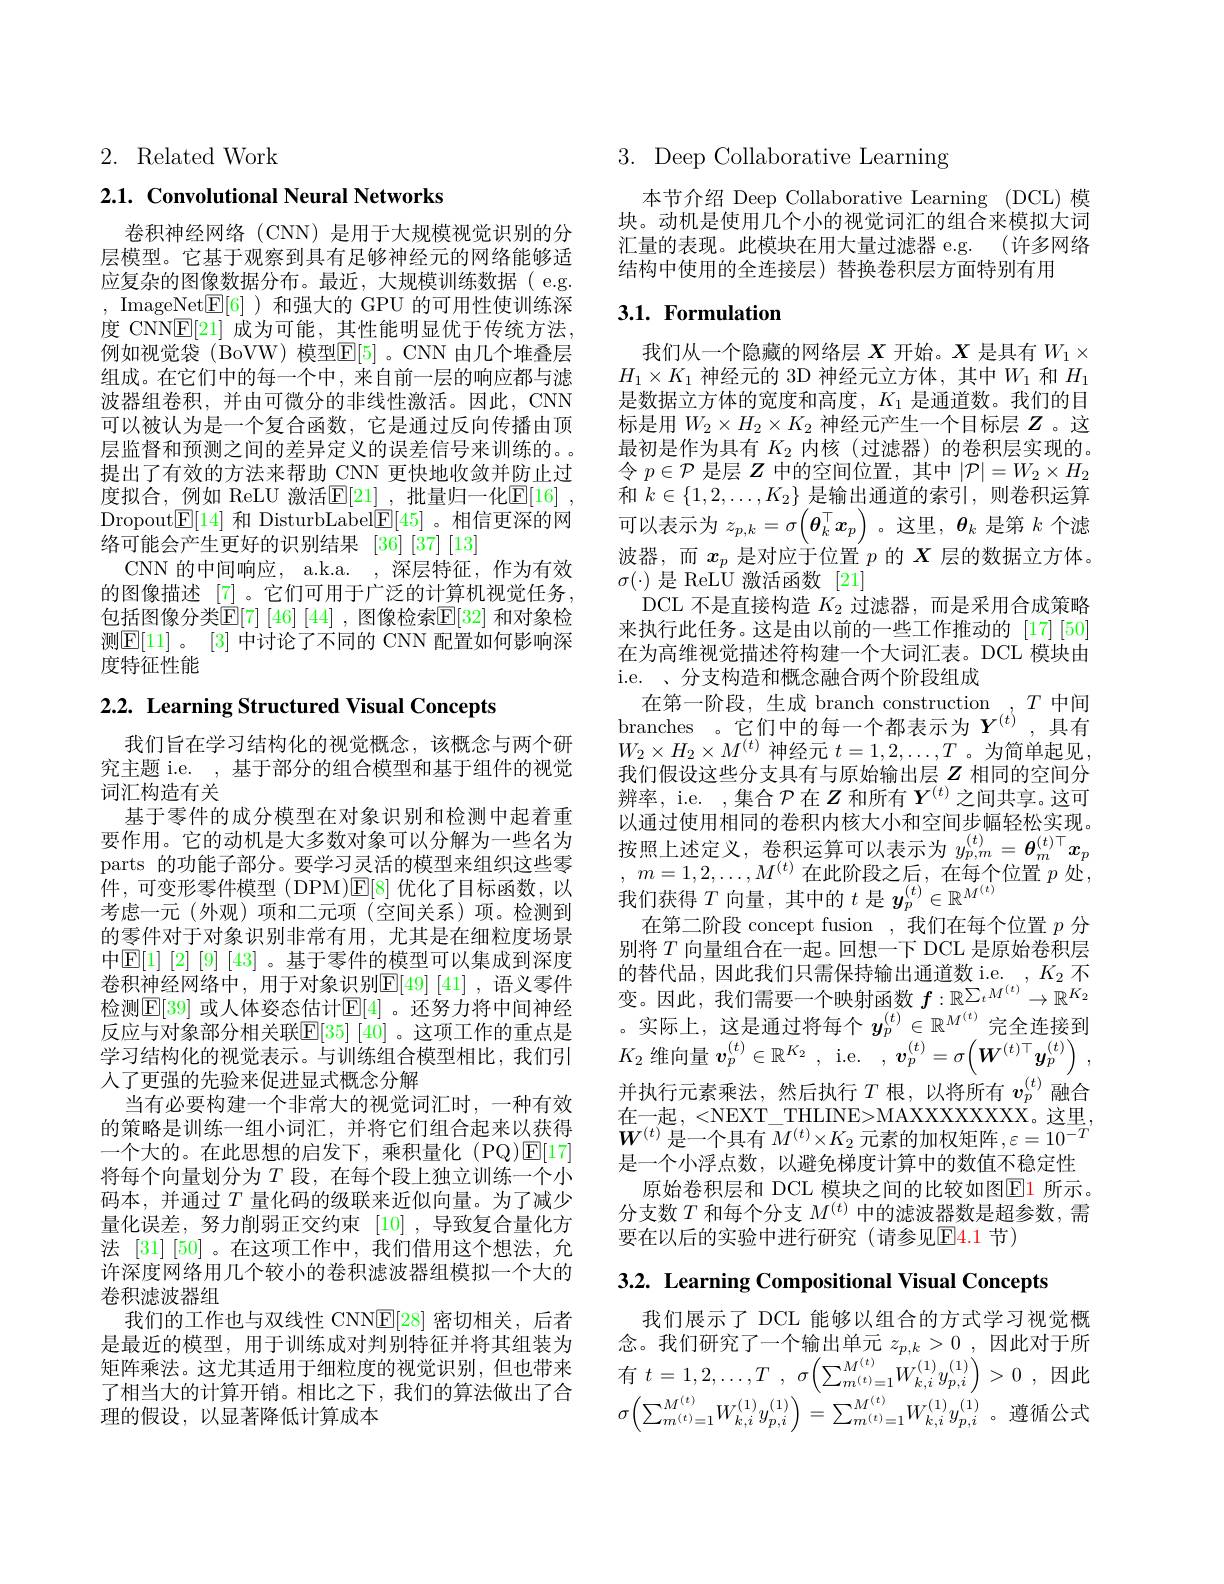
2. Related Work

## $2. 1. \textbf{ Convolutional Neural Networks}$

卷积神经网络(CNN) 是用于大规模视觉识别的分层模型。它基于观察到具有足够神经元的网络能够适应复杂的图像数据分布。最近，大规模训练数据(e.g. , ImageNet$\underline{\mathrm{E}}[6]$ )和强大的 GPU 的可用性使训练深度 CNN$\underline{\mathrm{E}}[21]$成为可能，其性能明显优于传统方法， 例如视觉袋 (BoVW) 模型$\mathbb{E}[5]$ 。CNN 由几个堆叠层组成。在它们中的每一个中，来自前一层的响应都与滤波器组卷积，并由可微分的非线性激活。因此，CNN 可以被认为是一个复合函数，它是通过反向传播由顶层监督和预测之间的差异定义的误差信号来训练的。。提出了有效的方法来帮助 CNN 更快地收敛并防止过度拟合，例如 ReLU 激活$\mathbb{E}[21]$ ,批量归一化$\mathbb{E}[16]$ , Dropout$\mathbb{E}[14]$和 DisturbLabel$\mathbb{E}[45]$ 。相信更深的网络可能会产生更好的识别结果[36][37][13]
CNN 的中间响应，a.k.a. ,深层特征，作为有效的图像描述 [7]。它们可用于广泛的计算机视觉任务， 包括图像分类$\mathbb{E}[7]\left[46\right]\left[44\right]$, 图像检索$\mathbb{E}[32]$ 和对象检测$\boxed{\mathrm{E}[11]}$。[3] 中讨论了不同的 CNN 配置如何影响深度特征性能

2.2. Learning Structured Visual Concepts

我们旨在学习结构化的视觉概念，该概念与两个研究主题 i.e. , 基于部分的组合模型和基于组件的视觉词汇构造有关
基于零件的成分模型在对象识别和检测中起着重要作用。它的动机是大多数对象可以分解为一些名为parts 的功能子部分。要学习灵活的模型来组织这些零件，可变形零件模型(DPM)$\mathbb{E}[8]$优化了目标函数，以考虑一元(外观)项和二元项(空间关系)项。检测到的零件对于对象识别非常有用，尤其是在细粒度场景中$\mathbb{E}[1]$ [2] [9] [43] 。基于零件的模型可以集成到深度卷积神经网络中，用于对象识别$\mathbb{E}[49]\left[41\right]$,语义零件检测$\mathbb{E}[39]$ 或人体姿态估计$\mathbb{E}[4]$ 。还努力将中间神经反应与对象部分相关联$\mathbb{E}[35]$ [40] 。这项工作的重点是学习结构化的视觉表示。与训练组合模型相比，我们引人了更强的先验来促进显式概念分解
当有必要构建一个非常大的视觉词汇时，一种有效的策略是训练一组小词汇，并将它们组合起来以获得一个大的。在此思想的启发下，乘积量化(PQ)$\mathbb{E}[17]$ 将每个向量划分为$T$ 段，在每个段上独立训练一个小码本，并通过$T$量化码的级联来近似向量。为了减少量化误差，努力削弱正交约束[10] ,导致复合量化方法 [31] [50]。在这项工作中，我们借用这个想法，允许深度网络用几个较小的卷积滤波器组模拟一个大的卷积滤波器组
我们的工作也与双线性 CNN$\mathbb{E}[28]$密切相关，后者是最近的模型，用于训练成对判别特征并将其组装为矩阵乘法。这尤其适用于细粒度的视觉识别，但也带来了相当大的计算开销。相比之下，我们的算法做出了合理的假设，以显著降低计算成本

# 3. Deep Collaborative Learning

本节介绍 Deep Collaborative Learning (DCL) 模块。动机是使用几个小的视觉词汇的组合来模拟大词汇量的表现。此模块在用大量过滤器 e.g. (许多网络结构中使用的全连接层) 替换卷积层方面特别有用

## $3. 1. \textbf{ Formulation}$

我们从一个隐藏的网络层$X$开始。$X$是具有$W_1\times$ $H_1\times K_1$神经元的 3D 神经元立方体，其中$W_1$和$H_1$ 是数据立方体的宽度和高度，$K_1$是通道数。我们的目标是用$W_2\times H_2\times K_2$神经元产生一个目标层$Z$ 。这最初是作为具有$K_{2}$内核 (过滤器)的卷积层实现的。令$p\in\mathcal{P}$是层$Z$中的空间位置，其中$|\mathcal{P}|=W_2\times H_2$ 和$k\in\{1,2,\ldots,K_2\}$是输出通道的索引，则卷积运算可以表示为$z_{p,k}=\sigma\left(\boldsymbol{\theta}_{k}^{\top}\boldsymbol{x}_{p}\right)$ 。这里，$\boldsymbol{\theta}_k$是第$k$个滤波器，而$x_p$是对应于位置$p$的$X$层的数据立方体。$\sigma(\cdot)$ 是 ReLU 激活函数[21]
DCL 不是直接构造$K_2$过滤器，而是采用合成策略来执行此任务。这是由以前的一些工作推动的 [17][50] 在为高维视觉描述符构建一个大词汇表。DCL 模块由i.e. 、分支构造和概念融合两个阶段组成
在第一阶段，生成 branch construction $T$中间branches 。它们中的每一个都表示为$Y^{(t)}$,具有$W_{2}\times H_{2}\times M^{(t)}$神经元$t=1,2,\ldots,T$ 。为简单起见， 我们假设这些分支具有与原始输出层$Z$相同的空间分辨率，i.e. ,集合$\mathcal{P}$在$Z$和所有$Y^{(t)}$之间共享。这可以通过使用相同的卷积内核大小和空间步幅轻松实现。按照上述定义，卷积运算可以表示为$y_{p,m}^{(t)}=\boldsymbol{\theta}_m^{(t)\top}x_p$ , $m= 1, 2, \ldots , M^{( t) }$在此阶段之后，在每个位置$p$处， 我们获得$T$向量，其中的$t$是$y_p^(t)\in\mathbb{R}^M^{(t)}$
在第二阶段 concept fusion ,我们在每个位置$p$分别将$T$向量组合在一起。回想一下 DCL 是原始卷积层的替代品，因此我们只需保持输出通道数 i.e. $K_{2}$不变。因此，我们需要一个映射函数$f:\mathbb{R}^{\sum_tM^{(t)}}\to\mathbb{R}^{K_2}$ 。实际上，这是通过将每个$y_p^{(t)}\in\mathbb{R}^{M^{(t)}}$完全连接到$K_2$维向量$v_p^(t)\in\mathbb{R}^{K_2}$, i.e. $,\boldsymbol v_p^{(t)}=\sigma\left(\boldsymbol{W}^{(t)\top}\boldsymbol{y}_p^{(t)}\right)$, 并执行元素乘法，然后执行$T$根，以将所有$v_p^{(t)}$融合在一起，<NEXT\_ THLINE>MAXXXXXXX。这里$\overline{\boldsymbol{W}^{(t)}}$是一个具有$\overline M^(t)\times K_2$ 元素的加权矩阵$,\varepsilon=10^-T$ 是一个小浮点数，以避免梯度计算中的数值不稳定性
原始卷积层和 DCL 模块之间的比较如图$\color{red}{\mathrm{E}}\color{blue}{\mathrm{1}}$ 所示。分支数$T$和每个分支$M^(t)$中的滤波器数是超参数，需要在以后的实验中进行研究(请参见$\color{red}{\mathrm{E4.1}}$节)
3.2. Learning Compositional Visual Concepts

我们展示了 DCL 能够以组合的方式学习视觉概念。我们研究了一个输出单元$z_p, k> 0$ ,因此对于所有$t= 1, 2, \ldots , T$ , $\sigma \left ( \sum _{m^{( t) }= 1}^{M^{( t) }}W_{k, i}^{( 1) }y_{p, i}^{( 1) }\right ) > 0$ ,因此$\sigma \left ( \sum _{m^{( t) }= 1}^{M^{( t) }}W_{k, i}^{( 1) }y_{p, i}^{( 1) }\right ) = \sum _{m^{( t) }= 1}^{M^{( t) }}W_{k, i}^{( 1) }y_{p, i}^{( 1) }$ 。遵循公式